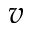
v